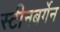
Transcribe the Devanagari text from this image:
स्टीनबर्गेन